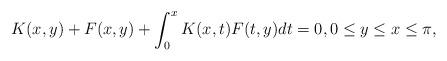
LaTeX: \begin{align*} K(x, y) + F(x, y) + \int^x_0 K(x, t) F(t, y) dt = 0,0 \leq y \leq x \leq \pi,\end{align*}